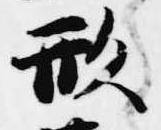
形